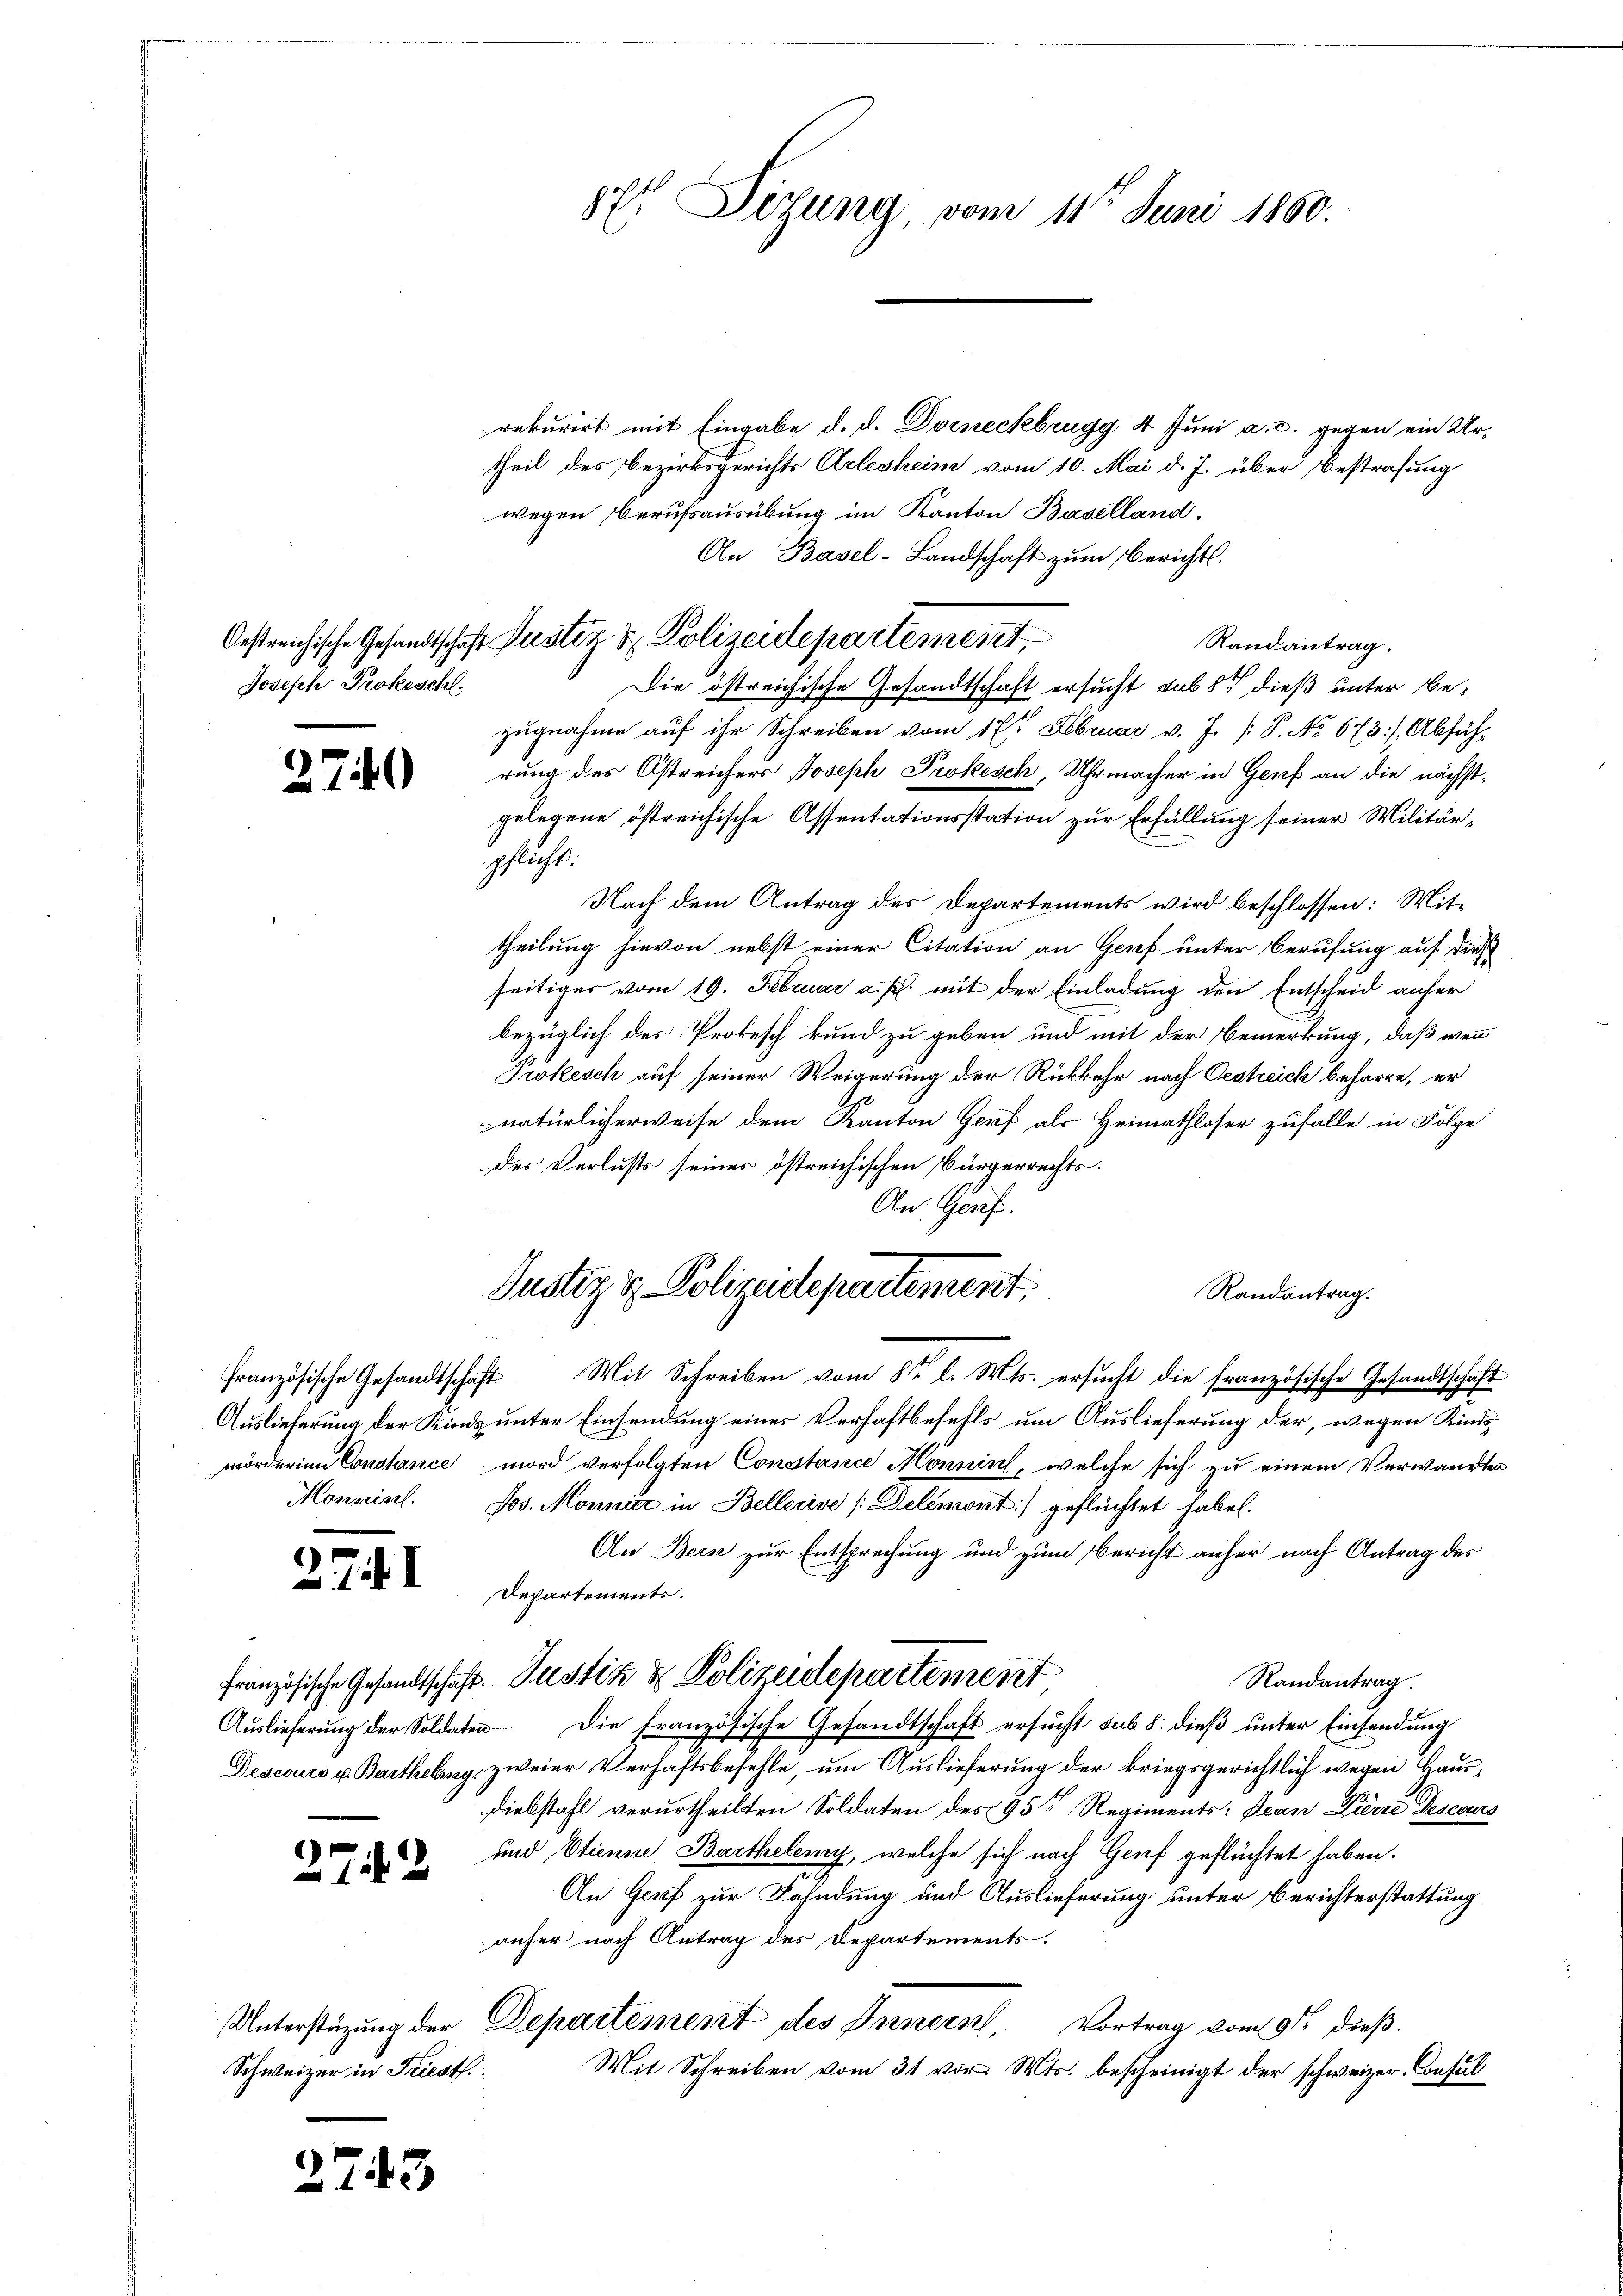
Joseph Prokeschl.

274

Monnisch.

27 I

272

Schweizer in Friest.

2743

87t Sizung, vom 11ten Juni 1860.

rekurirt mit Eingabe d. d. Dorneckbrugg, 4. Juni a. c. gegen ein Urtheil des Bezirksgerichts Arlesheim vom 10. Mai d. J. über Bestrafung
wegen Berufsausübung im Kanton Baselland.
An Basel-Landschaft zum Berichts.
Randantrag.
Die östreichische Gesandtschaft ersucht sub 8t dieß unter Bezugnahme auf ihr Schreiben vom 17ten Februar v. J. /: P. No 673.) Absichrung des Ostreichers Joseph Prokesch, Uhrmacher in Genf an die nächstgelegene östreichische Assentationsstation zur Erfüllung seiner Militärschlicht.
Nach dem Antrag des Departements wird beschlossen: Mit-
theilung hievon nebst einer Citation an Genf unter Berufung auf diese
seitiges vom 19. Februar a. p. mit der Einladung den Entscheid anfer
bezüglich des Prokesch kund zu geben und mit der Bemerkung, daß wenn
Prokesch auf seiner Weigerung der Rückkehr nach Oestreich beharre, er
natürlicherweise dem Kanton Genf als Heimathloser zufalle in Folge
des Verlusts seines östreichischen Bürgerrechts¬
An. Genf.
Justiz & Polizeidepartement. Randantrag.
französische Gesandtschaft Mit Schreiben vom 8ten l. Mts. ersucht die französische Gesandtschaft
Auslieferung der Kind unter Einsendung eines Verhaftbefehls um Auslieferung der, wegen Kindsmörderinn Constance mord verfolgten Constance Monnin, welche sich zu einem Verwandte
Jos. Monnár in Bellerive /:Delémont) geflüchtet habe.
An Beis zur Entsprechung und zum Bericht anher nach Antrag des
Departements.
französische Gesandtschaft Justiz & Polizeidepartement
Randantrag.
Aŭslieferŭng der Soldaten die französische Gesandtschaft ersŭcht sub 8. dieβ ŭnter Einsendŭng
Descours u. Barthelung zweier Verhaftsbefehle, um Auslieferung der kriegsgerichtlich wegen Baus¬
Diebstahl verurtheilten Soldaten des 95te Regiments: Jean Pierie Desevers
und Etienne Bartheleny, welche sich nach Gorf geflüchtet haben.
An Genf zur Fahndung und Auslieferung unter Berichterstattung
anfer nach Antrag des Departements.
Unterstüzung der Departement des Innern, Vortrag vom 9ten dieß.
Mit Schreiben vom 31 vor. Mts. bescheinigt der schweizer-Consul

Oestreichische Gesandtschaft Puster & Polizeidepartement,